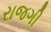
રાજગી